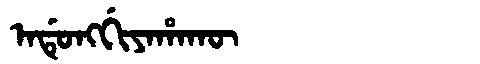
Manchu: ᠠᡩᡠᠩᡤᡳᠶᠠᡥᠠᡴᡡ
Romanization: ADUNGGIYAHAKŪ